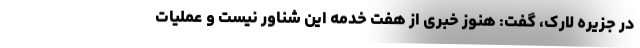
در جزیره لارک، گفت: هنوز خبری از هفت خدمه این شناور نیست و عملیات